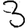
Digit: 3